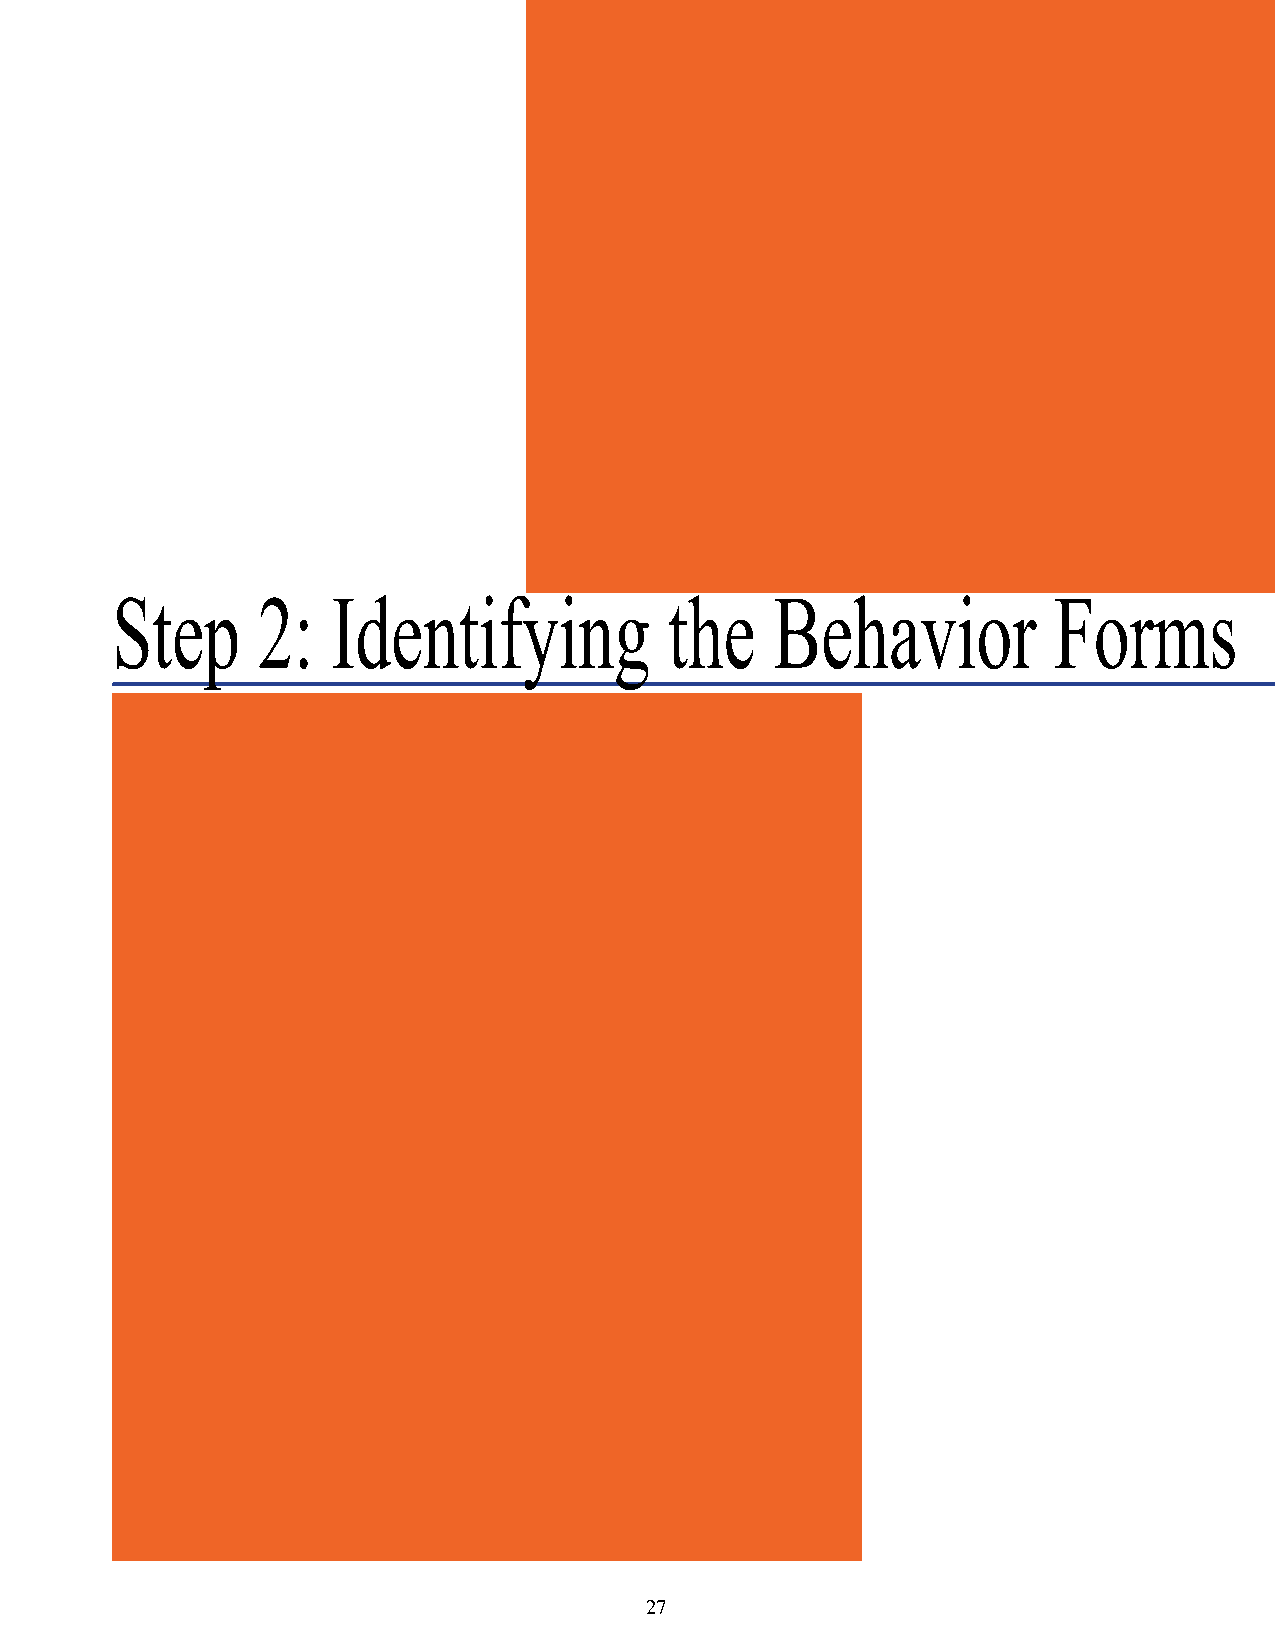
Step      2:   Identifying           the    Behavior           Forms
 27